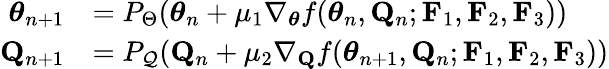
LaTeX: \begin{array}{rl}{\boldsymbol{\theta}_{n+1}}&{=P_{\Theta}(\boldsymbol{\theta}_{n}+\mu_{1}\nabla_{\boldsymbol{\theta}}f(\boldsymbol{\theta}_{n},\mathbf{Q}_{n};\mathbf{F}_{1},\mathbf{F}_{2},\mathbf{F}_{3}))}\\ {\mathbf{Q}_{n+1}}&{=P_{\mathcal{Q}}(\mathbf{Q}_{n}+\mu_{2}\nabla_{\mathbf{Q}}f(\boldsymbol{\theta}_{n+1},\mathbf{Q}_{n};\mathbf{F}_{1},\mathbf{F}_{2},\mathbf{F}_{3}))}\end{array}